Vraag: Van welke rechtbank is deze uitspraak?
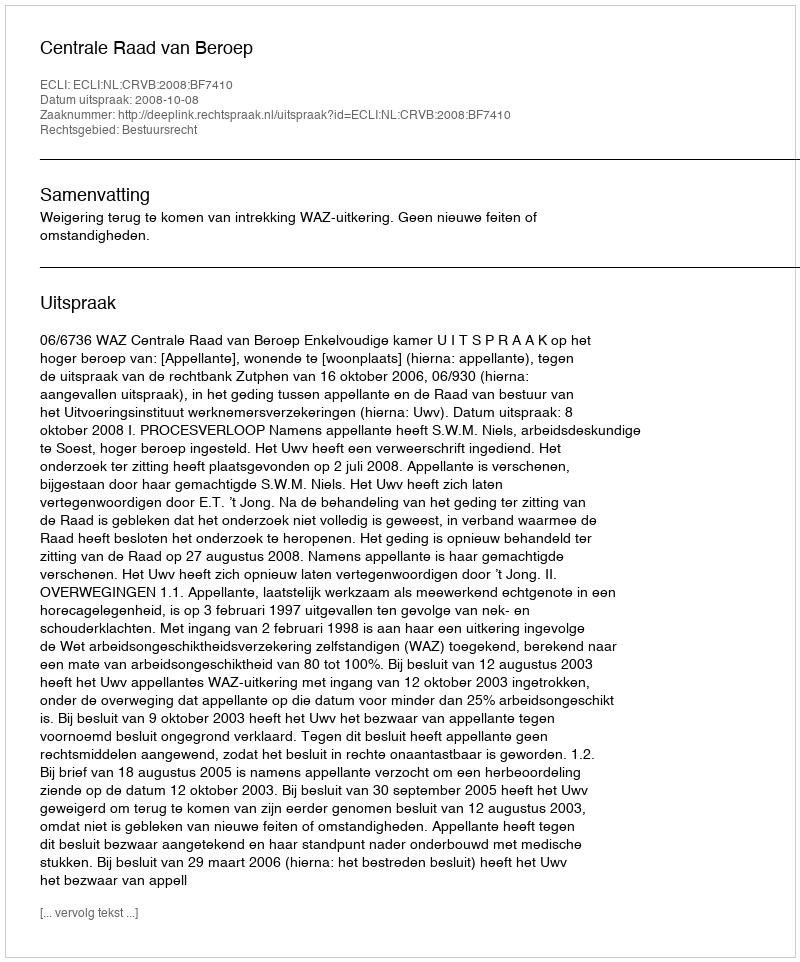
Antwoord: Centrale Raad van Beroep